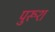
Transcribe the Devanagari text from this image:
पुरूश